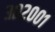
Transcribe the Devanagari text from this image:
३०२००१